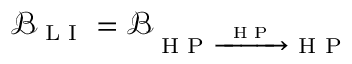
\mathcal { B } _ { \textrm { L I } } = \mathcal { B } _ { \textrm { H P } \xrightarrow { \textrm { H P } } \textrm { H P } }